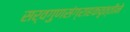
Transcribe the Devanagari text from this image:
सर्वगुणसंग्राहकवृत्तीने